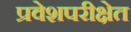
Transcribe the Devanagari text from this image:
प्रवेशपरीक्षेत